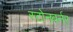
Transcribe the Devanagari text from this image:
स्टोनबर्नर